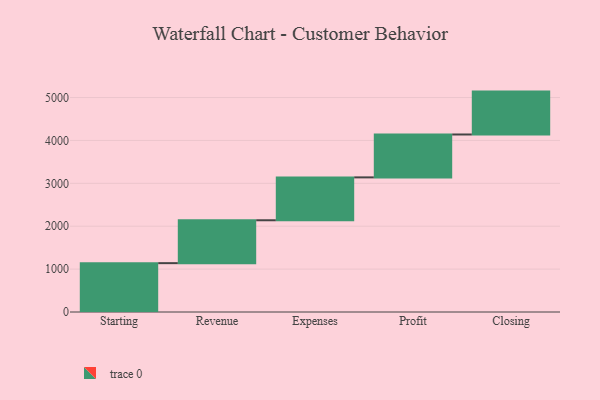
{"axis": {"x": "Step", "y": "Value"}, "legend": [""], "data": [{"x": "Starting", "y": 1139.0, "type": ""}, {"x": "Revenue", "y": 1000, "type": ""}, {"x": "Expenses", "y": 1000, "type": ""}, {"x": "Profit", "y": 1000, "type": ""}, {"x": "Closing", "y": 1000, "type": ""}]}